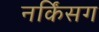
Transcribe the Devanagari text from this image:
नर्किंसग